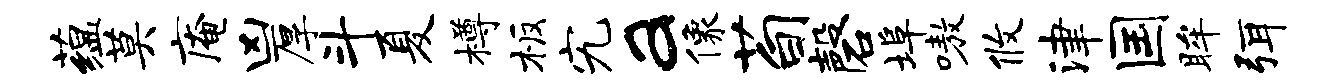
蕴莫庵凶厚斗夏樽板究a像荀磬埠嗷攸津国眸弭